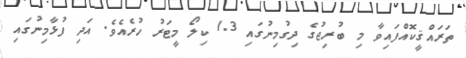
ތަރައްޤީކޮއްފައިވާ މި ބުރިޖުގެ ދިގުމިނުގައި 1.3 ކިލޯ މީޓަރު ހުރެއެވެ. އަދި ފުޅާމިނުގައި